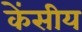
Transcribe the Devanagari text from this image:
केंसीय